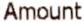
AMOUNT